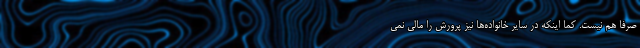
صرفاً هم نیست. کما اینکه در سایر خانواده‌ها نیز پرورش را مالی نمی